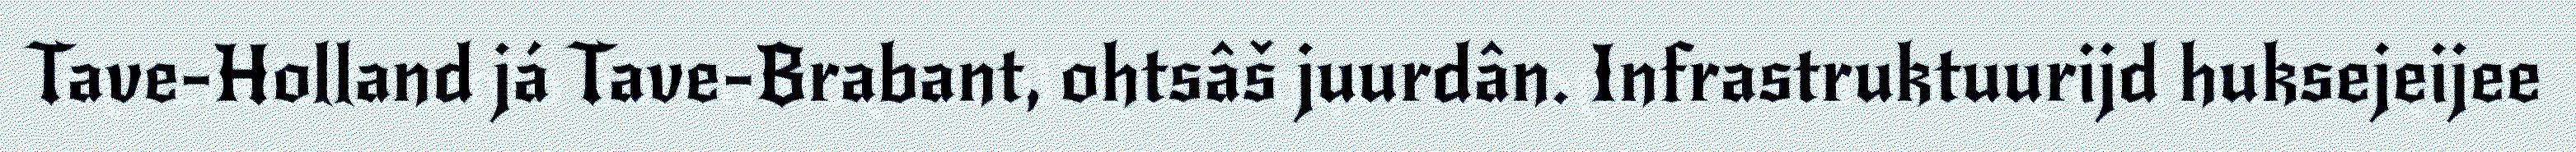
Tave-Holland já Tave-Brabant, ohtsâš juurdân. Infrastruktuurijd huksejeijee